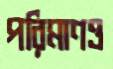
পরিমাণও